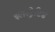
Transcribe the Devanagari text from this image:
इलस्ट्रेटिड